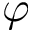
\varphi